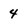
Character: 4